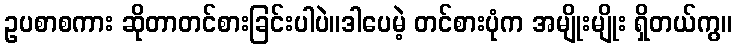
ဥပစာစကား ဆိုတာတင်စားခြင်းပါပဲ။ဒါပေမဲ့ တင်စားပုံက အမျိုးမျိုး ရှိတယ်ကွ။